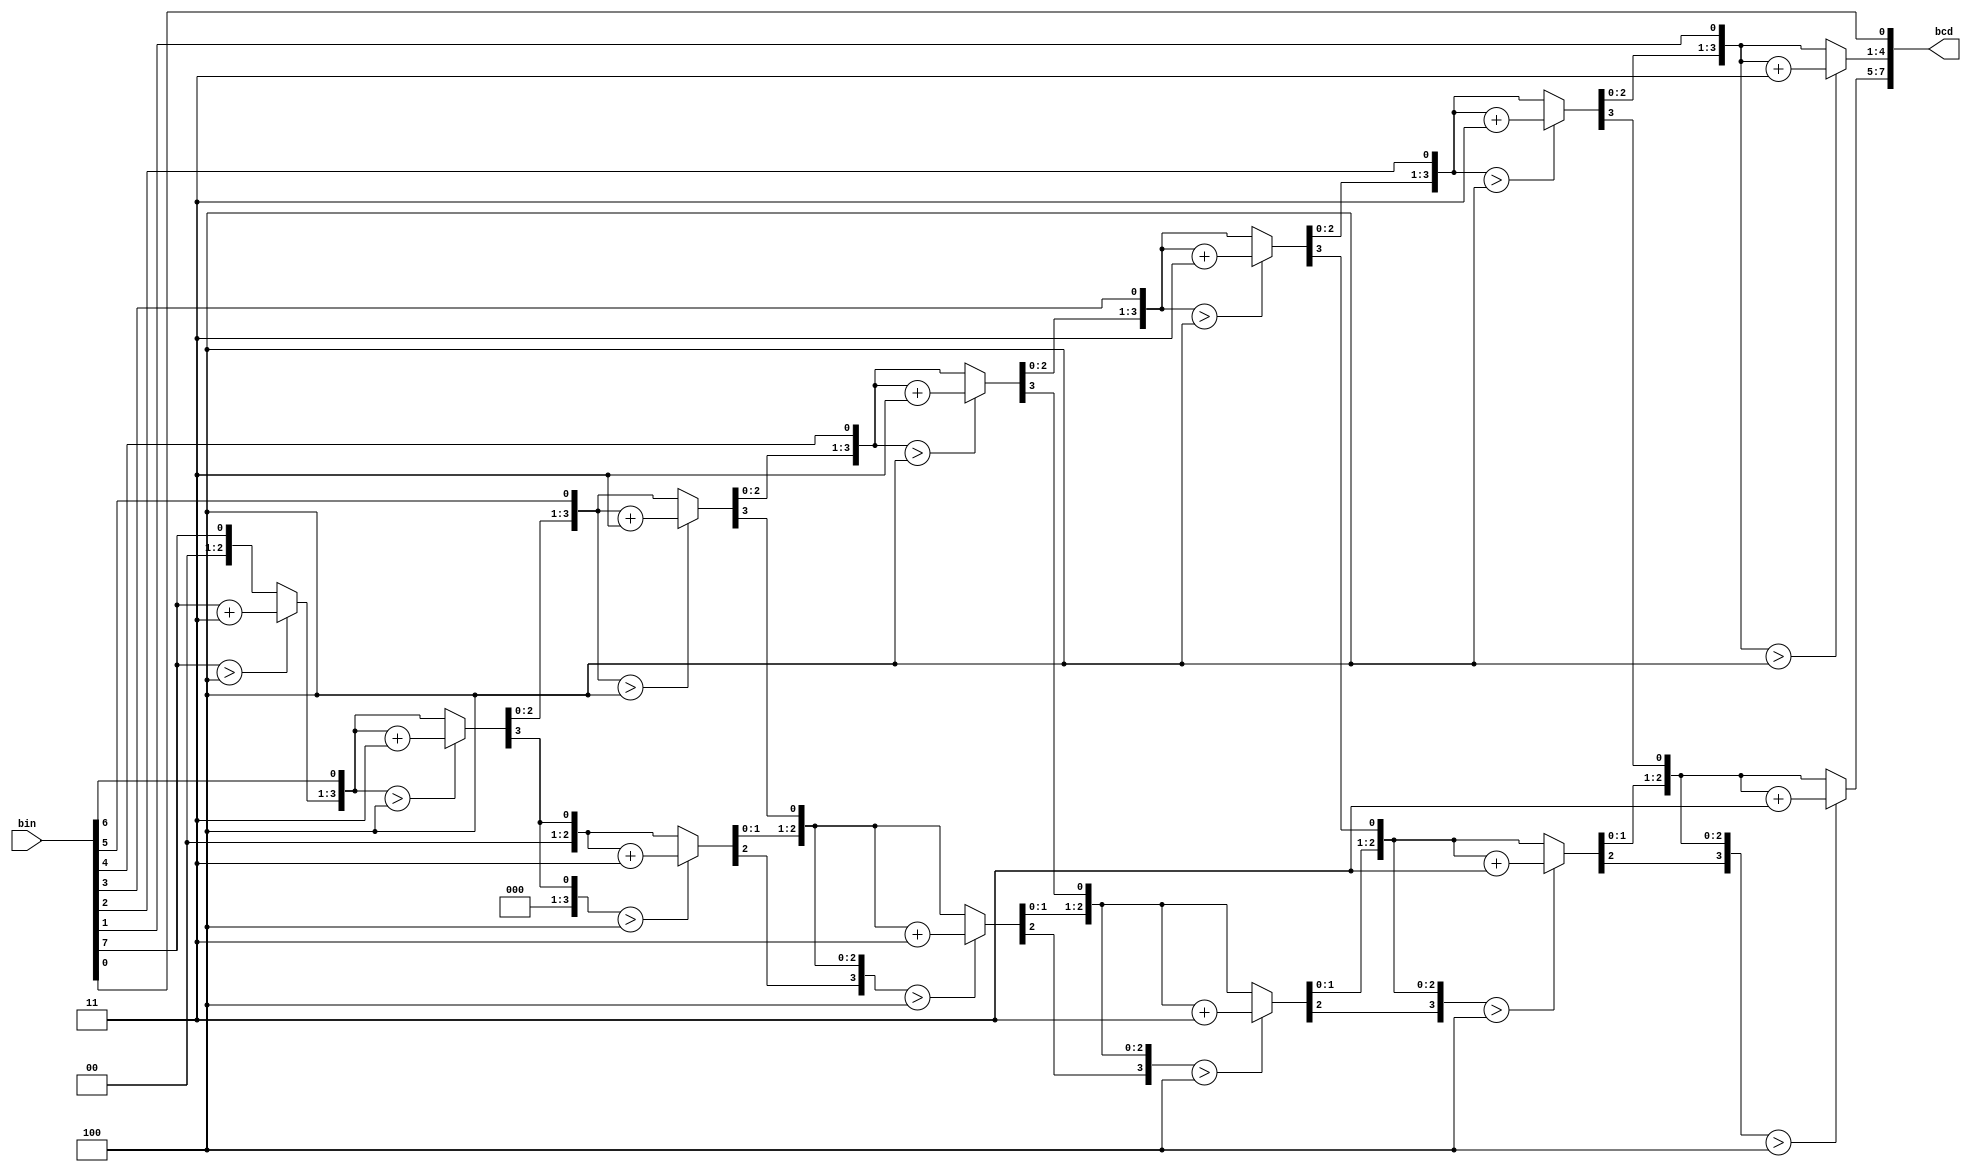
module BCD(input[7:0] bin,
	   output reg [7:0] bcd);

reg [3:0] i;
always@(bin)
	begin
		bcd=0;
		for(i=0;i<8;i=i+1)
			begin
				bcd={bcd[6:0],bin[7-i]};
				if(i<7&&bcd[3:0]>4)   bcd[3:0]=bcd[3:0]+3;
				if(i<7&&bcd[7:4]>4)   bcd[7:4]=bcd[7:4]+3;
				
			end
		
	end
endmodule